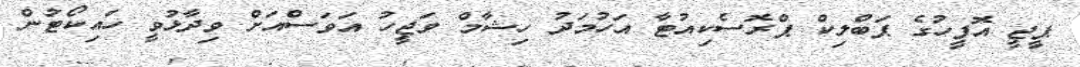
ޕީޖީ އޮފީހުގެ ޕަބްލިކް ޕްރޮސެކިއުޓާ އަހުމަދު ހިޝާމް ވަޖީހު އަވަސްއަށް ވިދާޅުވީ ހައިކޯޓުން